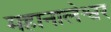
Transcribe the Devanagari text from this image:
महानालेश्वर